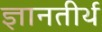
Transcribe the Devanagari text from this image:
ज्ञानतीर्थ